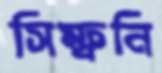
সিম্ফনি